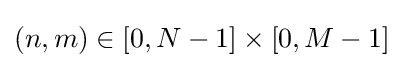
(n,m)\in [0,N-1]\times [0,M-1]